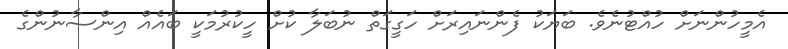
އެމީހުންނަށް ހުއްޓުނެވެ. ބަޔަކު ފެންނައިރަށް ހަގީގަތް ނުބަލާ ކުށް ހީކުރުމަކީ ބައެއް އިންސާނުންގެ